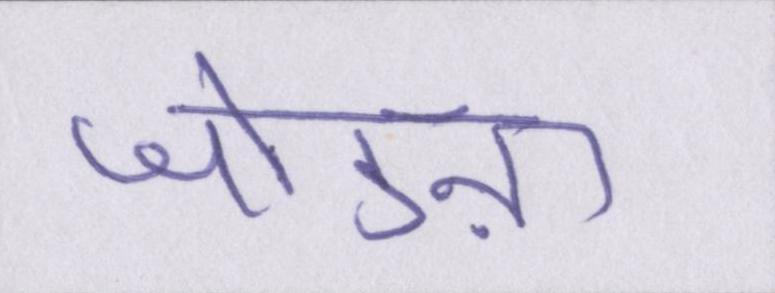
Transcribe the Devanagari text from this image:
जोडऩा